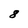
Character: 8